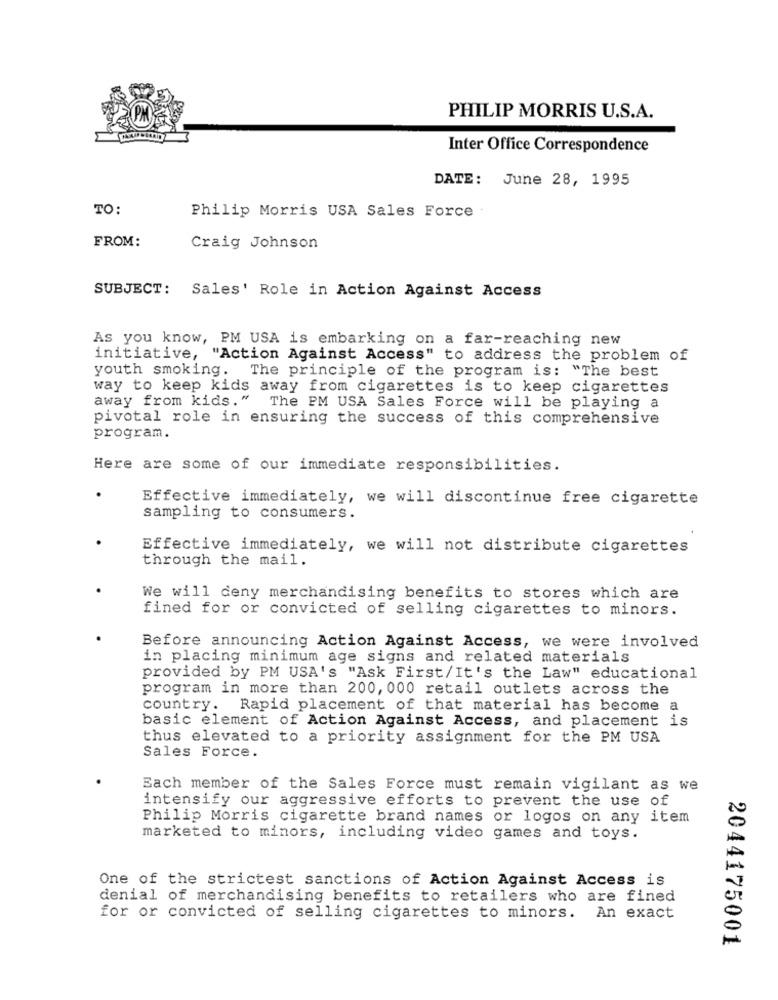
PHILIP MORRIS U.S.A.
Inter Office Correspondence
DATE: June 28, 1995
TO:
Philip Morris USA Sales Force
FROM:
Craig Johnson
SUBJECT: Sales' Role in Action Against Access
As you know, PM USA is embarking on a far-reaching new
initiative, "Action Against Access" to address the problem of
youth smoking.
The principle of the program is: "The best
way to keep kids away from cigarettes is to keep cigarettes
away from kids."
The PM USA Sales Force will be playing a
pivotal role in ensuring the success of this comprehensive
program.
Here are some of our immediate responsibilities.
Effective immediately, we will discontinue free cigarette
sampling to consumers.
Effective immediately, we will not distribute cigarettes
through the mail.
We will deny merchandising benefits to stores which are
fined for or convicted of selling cigarettes to minors.
Before announcing Action Against Access, we were involved
in placing minimum age signs and related materials
provided by PM USA's "Ask First/It's the Law" educational
program in more than 200, 000 retail outlets across the
country. Rapid placement of that material has become a
basic element of Action Against Access, and placement is
thus elevated to a priority assignment for the PM USA
Sales Force.
Each member of the Sales Force must remain vigilant as we
intensify our aggressive efforts to prevent the use of
Philip Morris cigarette brand names or logos on any item
marketed to minors, including video games and toys.
One of the strictest sanctions of Action Against Access is
denial of merchandising benefits to retailers who are fined
for or convicted of selling cigarettes to minors. An exact
2044175001